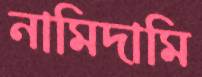
নামিদামি